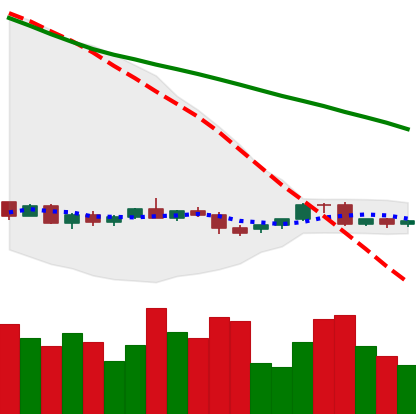
Ticker: EOS-USD
Chart end date: 2022-06-04
Forward return: -3.316%
Label: down_3_5